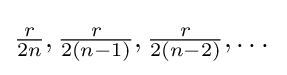
{\tfrac {r}{2n}},{\tfrac {r}{2(n-1)}},{\tfrac {r}{2(n-2)}},\dots